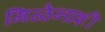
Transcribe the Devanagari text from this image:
मिळेनाशी